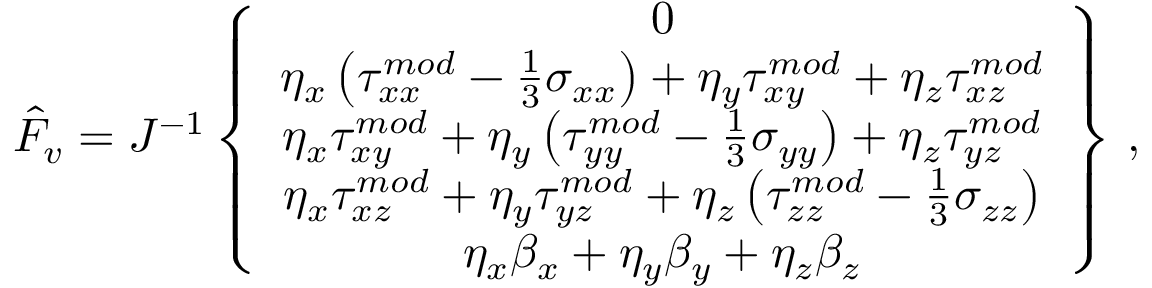
\hat { F } _ { v } = J ^ { - 1 } \left\{ \begin{array} { c } { 0 } \\ { \eta _ { x } \left( { \tau } _ { x x } ^ { m o d } - \frac { 1 } { 3 } \sigma _ { x x } \right) + \eta _ { y } { \tau } _ { x y } ^ { m o d } + \eta _ { z } { \tau } _ { x z } ^ { m o d } } \\ { \eta _ { x } { \tau } _ { x y } ^ { m o d } + \eta _ { y } \left( { \tau } _ { y y } ^ { m o d } - \frac { 1 } { 3 } \sigma _ { y y } \right) + \eta _ { z } { \tau } _ { y z } ^ { m o d } } \\ { \eta _ { x } { \tau } _ { x z } ^ { m o d } + \eta _ { y } { \tau } _ { y z } ^ { m o d } + \eta _ { z } \left( { \tau } _ { z z } ^ { m o d } - \frac { 1 } { 3 } \sigma _ { z z } \right) } \\ { \eta _ { x } { \beta } _ { x } + \eta _ { y } { \beta } _ { y } + \eta _ { z } { \beta } _ { z } } \end{array} \right\} \, \mathrm { , }